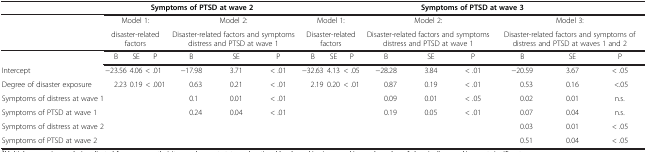
<table><thead><tr><td><b> </b></td><td colspan="6"><b>Symptoms of PTSD at wave 2</b></td><td colspan="9"><b>Symptoms of PTSD at wave 3</b></td></tr></thead><tbody><tr><td> </td><td colspan="3">Model 1:</td><td colspan="3">Model 2:</td><td colspan="3">Model 1:</td><td colspan="3">Model 2:</td><td colspan="3">Model 3:</td></tr><tr><td> </td><td colspan="3">disaster-related factors</td><td colspan="3">Disaster-related factors and symptoms distress and PTSD at wave 1</td><td colspan="3">Disaster-related factors</td><td colspan="3">Disaster-related factors and symptoms distress and PTSD at wave 1</td><td colspan="3">Disaster-related factors and symptoms of distress and PTSD at waves 1 and 2</td></tr><tr><td> </td><td>B</td><td>SE</td><td>P</td><td>B</td><td>SE</td><td>P</td><td>B</td><td>SE</td><td>P</td><td>B</td><td>SE</td><td>P</td><td>B</td><td>SE</td><td>P</td></tr><tr><td>Intercept</td><td>−23.56</td><td>4.06</td><td>&lt; .01</td><td>−17.98</td><td>3.71</td><td>&lt; .01</td><td>−32.63</td><td>4.13</td><td>&lt; .05</td><td>−28.28</td><td>3.84</td><td>&lt; .01</td><td>−20.59</td><td>3.67</td><td>&lt; .05</td></tr><tr><td>Degree of disaster exposure</td><td>2.23</td><td>0.19</td><td>&lt; .001</td><td>0.63</td><td>0.21</td><td>&lt; .01</td><td>2.19</td><td>0.20</td><td>&lt; .01</td><td>0.87</td><td>0.19</td><td>&lt; .01</td><td>0.53</td><td>0.16</td><td>&lt;.05</td></tr><tr><td>Symptoms of distress at wave 1</td><td> </td><td> </td><td> </td><td>0.1</td><td>0.01</td><td>&lt; .01</td><td> </td><td> </td><td> </td><td>0.09</td><td>0.01</td><td>&lt; .05</td><td>0.02</td><td>0.01</td><td>n.s.</td></tr><tr><td>Symptoms of PTSD at wave 1</td><td> </td><td> </td><td> </td><td>0.24</td><td>0.04</td><td>&lt; .01</td><td> </td><td> </td><td> </td><td>0.19</td><td>0.05</td><td>&lt; .01</td><td>0.07</td><td>0.04</td><td>n.s.</td></tr><tr><td>Symptoms of distress at wave 2</td><td> </td><td> </td><td> </td><td> </td><td> </td><td> </td><td> </td><td> </td><td> </td><td> </td><td> </td><td> </td><td>0.03</td><td>0.01</td><td>&lt; .05</td></tr><tr><td>Symptoms of PTSD at wave 2</td><td> </td><td> </td><td> </td><td> </td><td> </td><td> </td><td> </td><td> </td><td> </td><td> </td><td> </td><td> </td><td>0.51</td><td>0.04</td><td>&lt; .05</td></tr></tbody></table>